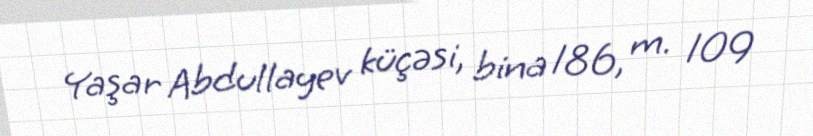
Yaşar Abdullayev küçəsi, bina 186, m. 109